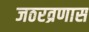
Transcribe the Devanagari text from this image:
जठरव्रणास